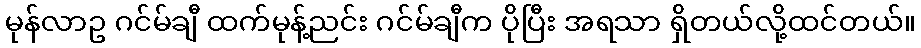
မုန်လာဥ ဂင်မ်ချီ ထက်မုန့်ညင်း ဂင်မ်ချီက ပိုပြီး အရသာ ရှိတယ်လို့ထင်တယ်။